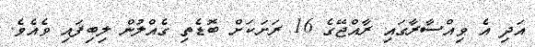
އަދި އެ ވިއްސާރާގައި ރާއްޖޭގެ 16 ރަށަކަށް ބޮޑެތި ގެއްލުން ލިބިފައި ވެއެވެ.